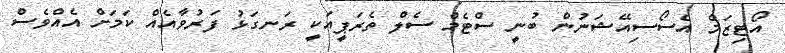
އޯޓިޒަމް އެސޯސިއޭޝަނުން ބުނީ ސްޓެމް ސެލް ތެރަޕީއަކީ ރަނގަޅު ފަރުވާއެއް ކަމަށް އެއްވެސް